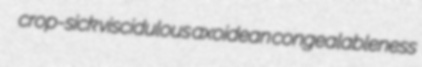
crop-sick viscidulous axoidean congealableness